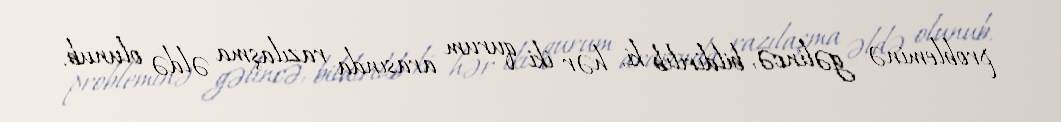
probleminə gəlincə, bildirilib ki, hər iki qurum arasında razılaşma əldə olunub.